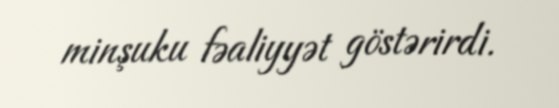
minşuku fəaliyyət göstərirdi.